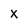
Character: x